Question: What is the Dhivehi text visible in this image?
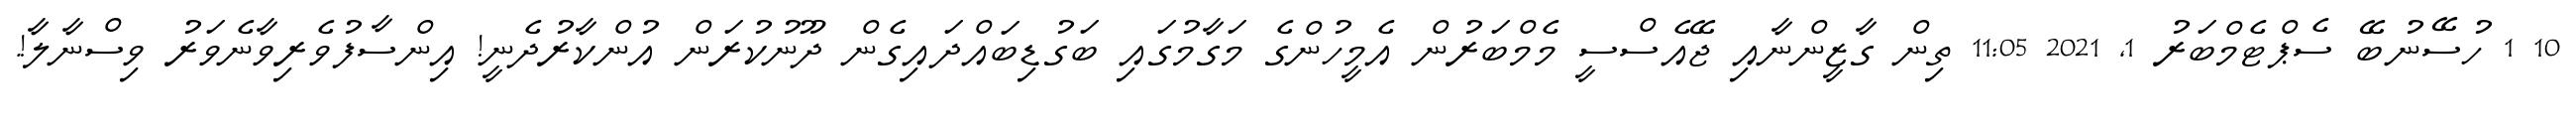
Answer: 10 1 ހުސޭނުބޭ ސެޕްޓެމްބަރު 1, 2021 11:05 ތިން ގާޒީންނާއި ޖޭއެސްސީ މެމްބަރުން އެމީހުންގެ މަގާމުގައި ބަގުޑިބައްދައިގެން ދޫނުކުރަން އުންކާރުދެނީ! އިންސާފުވެރިވާނެވަރު ވިސްނާލާ!.